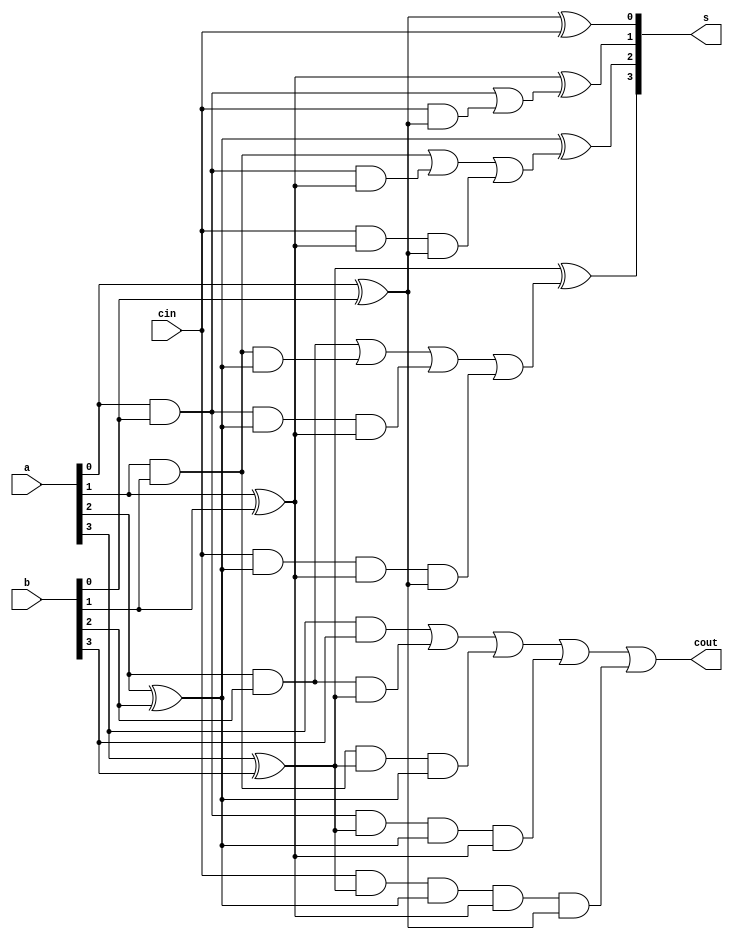
module LCA4bit #(parameter WIDTH=4)(
    input  cin,
    input  [WIDTH-1:0] a,
    input  [WIDTH-1:0] b,
    output [WIDTH-1:0] s,
    output cout  
);
wire [WIDTH:0] c;
wire [WIDTH-1:0] G;
wire [WIDTH-1:0] P;
assign c[0] = cin;
assign cout = c[WIDTH];

genvar i;
generate 
for (i=0; i<=WIDTH-1; i=i+1) begin
    assign P[i] = a[i] ^ b[i];
    assign G[i] = a[i] & b[i];
end
endgenerate 


assign c[1] = G[0] | c[0]&P[0];
assign c[2] = G[1] | G[0]&P[1] | c[0]&P[1]&P[0];
assign c[3] = G[2] | G[1]&P[2] | G[0]&P[2]&P[1] | c[0]&P[2]&P[1]&P[0];
assign c[4] = G[3] | G[2]&P[3] | G[1]&P[3]&P[2] | G[0]&P[3]&P[2]&P[1] | c[0]&P[3]&P[2]&P[1]&P[0]; 

assign s[0] = P[0] ^ c[0];
assign s[1] = P[1] ^ c[1];
assign s[2] = P[2] ^ c[2];
assign s[3] = P[3] ^ c[3];

endmodule